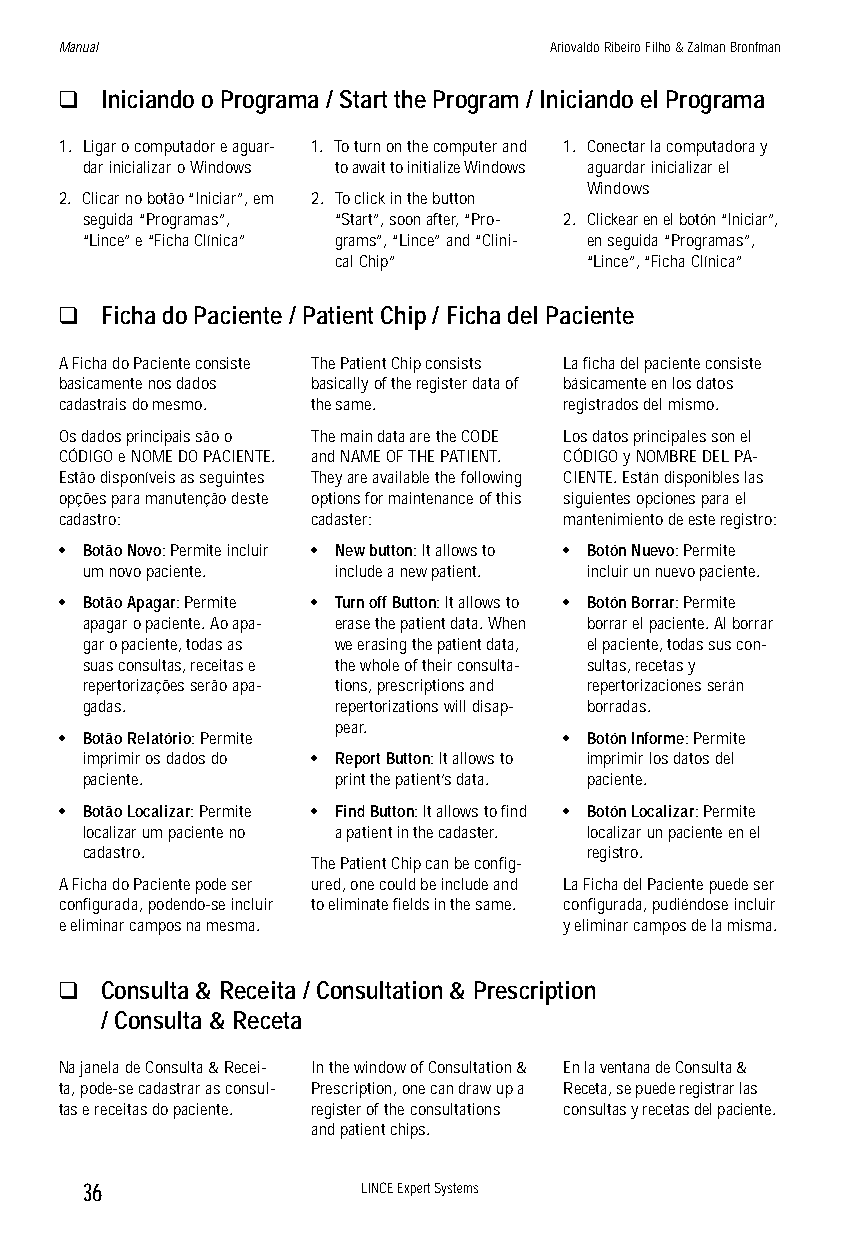
Manual                          Ariovaldo Ribeiro Filho & Zalman Bronfman
 q  Iniciando o Programa / Start the Program / Iniciando el Programa
 1. Ligar o computador e aguar- 1. To turn on the computer and 1. Conectar la computadora y
 dar inicializar o Windows to await to initialize Windows aguardar inicializar el
 Windows
 2. Clicar no botão “Iniciar”, em 2. To click in the button
 seguida “Programas”, “Start”, soon after, “Pro- 2. Clickear en el botón “Iniciar”,
 “Lince” e “Ficha Clínica” grams”, “Lince” and “Clini- en seguida “Programas”,
 cal Chip”        “Lince”, “Ficha Clínica”
 q  Ficha do Paciente / Patient Chip / Ficha del Paciente
 A Ficha do Paciente consiste The Patient Chip consists La ficha del paciente consiste
 basicamente nos dados basically of the register data of básicamente en los datos
 cadastrais do mesmo. the same.   registrados del mismo.
 Os dados principais são o The main data are the CODE Los datos principales son el
 CÓDIGO e NOME DO PACIENTE. and NAME OF THE PATIENT. CÓDIGO y NOMBRE DEL PA-
 Estão disponíveis as seguintes They are available the following CIENTE. Están disponibles las
 opções para manutenção deste options for maintenance of this siguientes opciones para el
 cadastro:        cadaster:       mantenimiento de este registro:
 • Botão Novo: Permite incluir • New button: It allows to • Botón Nuevo: Permite
 um novo paciente. include a new patient. incluir un nuevo paciente.
 • Botão Apagar: Permite • Turn off Button: It allows to • Botón Borrar: Permite
 apagar o paciente. Ao apa- erase the patient data. When borrar el paciente. Al borrar
 gar o paciente, todas as we erasing the patient data, el paciente, todas sus con-
 suas consultas, receitas e the whole of their consulta- sultas, recetas y
 repertorizações serão apa- tions, prescriptions and repertorizaciones serán
 gadas.           repertorizations will disap- borradas.
 pear.
 • Botão Relatório: Permite       • Botón Informe: Permite
 imprimir os dados do • Report Button: It allows to imprimir los datos del
 paciente.        print the patient’s data. paciente.
 • Botão Localizar: Permite • Find Button: It allows to find • Botón Localizar: Permite
 localizar um paciente no a patient in the cadaster. localizar un paciente en el
 cadastro.                         registro.
 The Patient Chip can be config-
 A Ficha do Paciente pode ser ured, one could be include and La Ficha del Paciente puede ser
 configurada, podendo-se incluir to eliminate fields in the same. configurada, pudiéndose incluir
 e eliminar campos na mesma.      y eliminar campos de la misma.
 q  Consulta & Receita / Consultation & Prescription
 / Consulta & Receta
 Na janela de Consulta & Recei- In the window of Consultation & En la ventana de Consulta &
 ta, pode-se cadastrar as consul- Prescription, one can draw up a Receta, se puede registrar las
 tas e receitas do paciente. register of the consultations consultas y recetas del paciente.
 and patient chips.
 36                LINCE Expert Systems